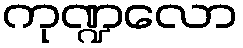
ကုဏ္ဍလော